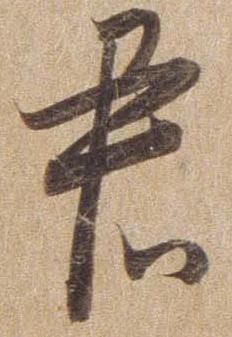
君